Indian journal of veterinary science and animal husbandry - Volume 13,
Year: 1943
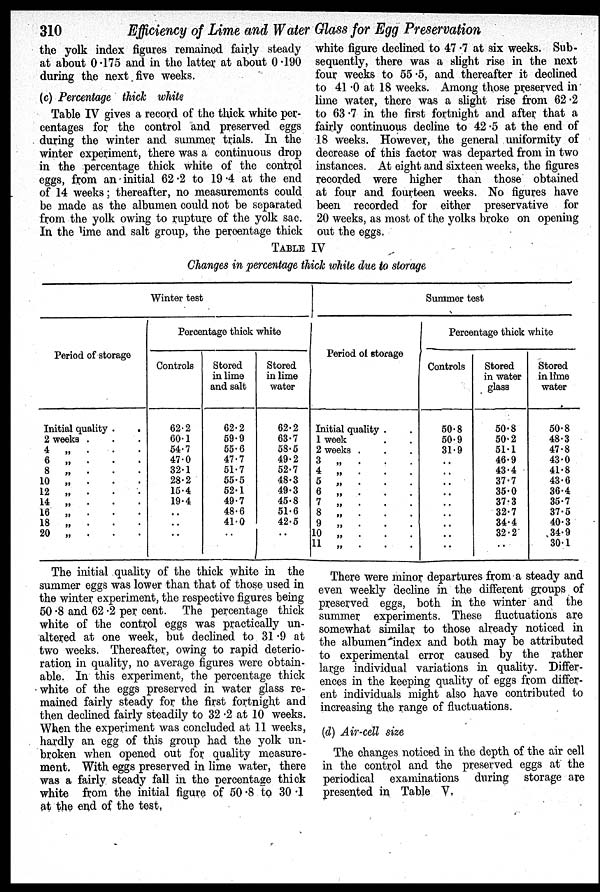
310 Efficiency of Lime and Water Glass for Egg Preservation
the yolk index figures remained fairly steady
at about 0.175 and in the latter at about 0.190
during the next five weeks.
(c) Percentage thick white
Table IV gives a record of the thick white per-
centages for the control and preserved eggs
during the winter and summer trials. In the
winter experiment, there was a continuous drop
in the percentage thick white of the control
eggs, from an initial 62.2 to 19.4 at the end
of 14 weeks; thereafter, no measurements could
be made as the albumen could not be separated
from the yolk owing to rupture of the yolk sac.
In the lime and salt group, the percentage thick
white figure declined to 47.7 at six weeks. Sub-
sequently, there was a slight rise in the next
four weeks to 55.5, and thereafter it declined
to 41.0 at 18 weeks. Among those preserved in
lime water, there was a slight rise from 62.2
to 63.7 in the first fortnight and after that a
fairly continuous decline to 42.5 at the end of
18 weeks. However, the general uniformity of
decrease of this factor was departed from in two
instances. At eight and sixteen weeks, the figures
recorded were higher than those obtained
at four and fourteen weeks. No figures have
been recorded for either preservative for
20 weeks, as most of the yolks broke on opening
out the eggs.
TABLE IV
Changes in percentage thick white due to storage
Winter test
Period of storage
Initial quality . .
2 weeks . . .
4 „ . . .
6 „
. . .
8 „
. . .
10 „
. . .
12 „
. . .
14
„
.
.
.
16 „
.
.
.
18
„
.
.
.
20 „ . . .
Percentage thick white
Controls
62.2
60.1
54.7
47.0
32.1
28.2
15.4
19.4
. .
. .
. .
Stored
in lime
and salt
62.2
59.9
55.6
47.7
51.7
55.5
52.1
49.7
48.6
41.0
. .
Stored
in lime
water
62.2
63.7
58.5
49.2
52.7
48.3
49.3
45.8
51.6
42.5
. .
Summer test
Period of storage
Initial quality . .
1 week . .
2 weeks . . .
3 „
. . .
4 „
. . .
5 „
. . .
6 „
. . .
7 „
. . .
8 „
. . .
9 „
. . .
10
„
.
.
.
11
„
.
..
Percentage thick white
Controls
50.8
50.9
31.9
. .
..
..
..
..
. .
..
..
..
Stored
in water
glass
50.8
50.2
51.1
46.9
43.4
37.7
35.0
37.3
32.7
34.4
32.2
..
Stored
in lime
water
50.8
48.3
47.8
43.0
41.8
43.6
36.4
35.7
37.5
40.3
34.9
30.1
The initial quality of the thick white in the.
summer eggs was lower than that of those used in
the winter experiment, the respective figures being
50.8 and 62.2 per cent. The percentage thick
white of the control eggs was practically un-
altered at one week, but declined to 31.9 at
two weeks. Thereafter, owing to rapid deterio-
ration in quality, no average figures were obtain-
able. In this experiment, the percentage thick
white of the eggs preserved in water glass re-
mained fairly steady for the first fortnight and
then declined fairly steadily to 32.2 at 10 weeks.
When the experiment was concluded at 11 weeks,
hardly an egg of this group had the yolk un-
broken when opened out for quality measure-
ment. With eggs preserved in lime water, there
was a fairly steady fall in the percentage thick
white from the initial figure of 50.8 to 30.1
at the end of the test,
There were minor departures from a steady and
even weekly decline in the different groups of
preserved eggs, both in the winter and the
summer experiments. These fluctuations are
somewhat similar to those already noticed in
the albumen index and both may be attributed
to experimental error caused by the rather
large individual variations in quality. Differ-
ences in the keeping quality of eggs from differ-
ent individuals might also have contributed to
increasing the range of fluctuations.
(d) Air-ell size
The changes noticed in the depth of the air cell
in the control and the preserved eggs at the
periodical examinations during storage are
presented in Table V.